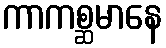
ကာကစ္ဆမာနေ